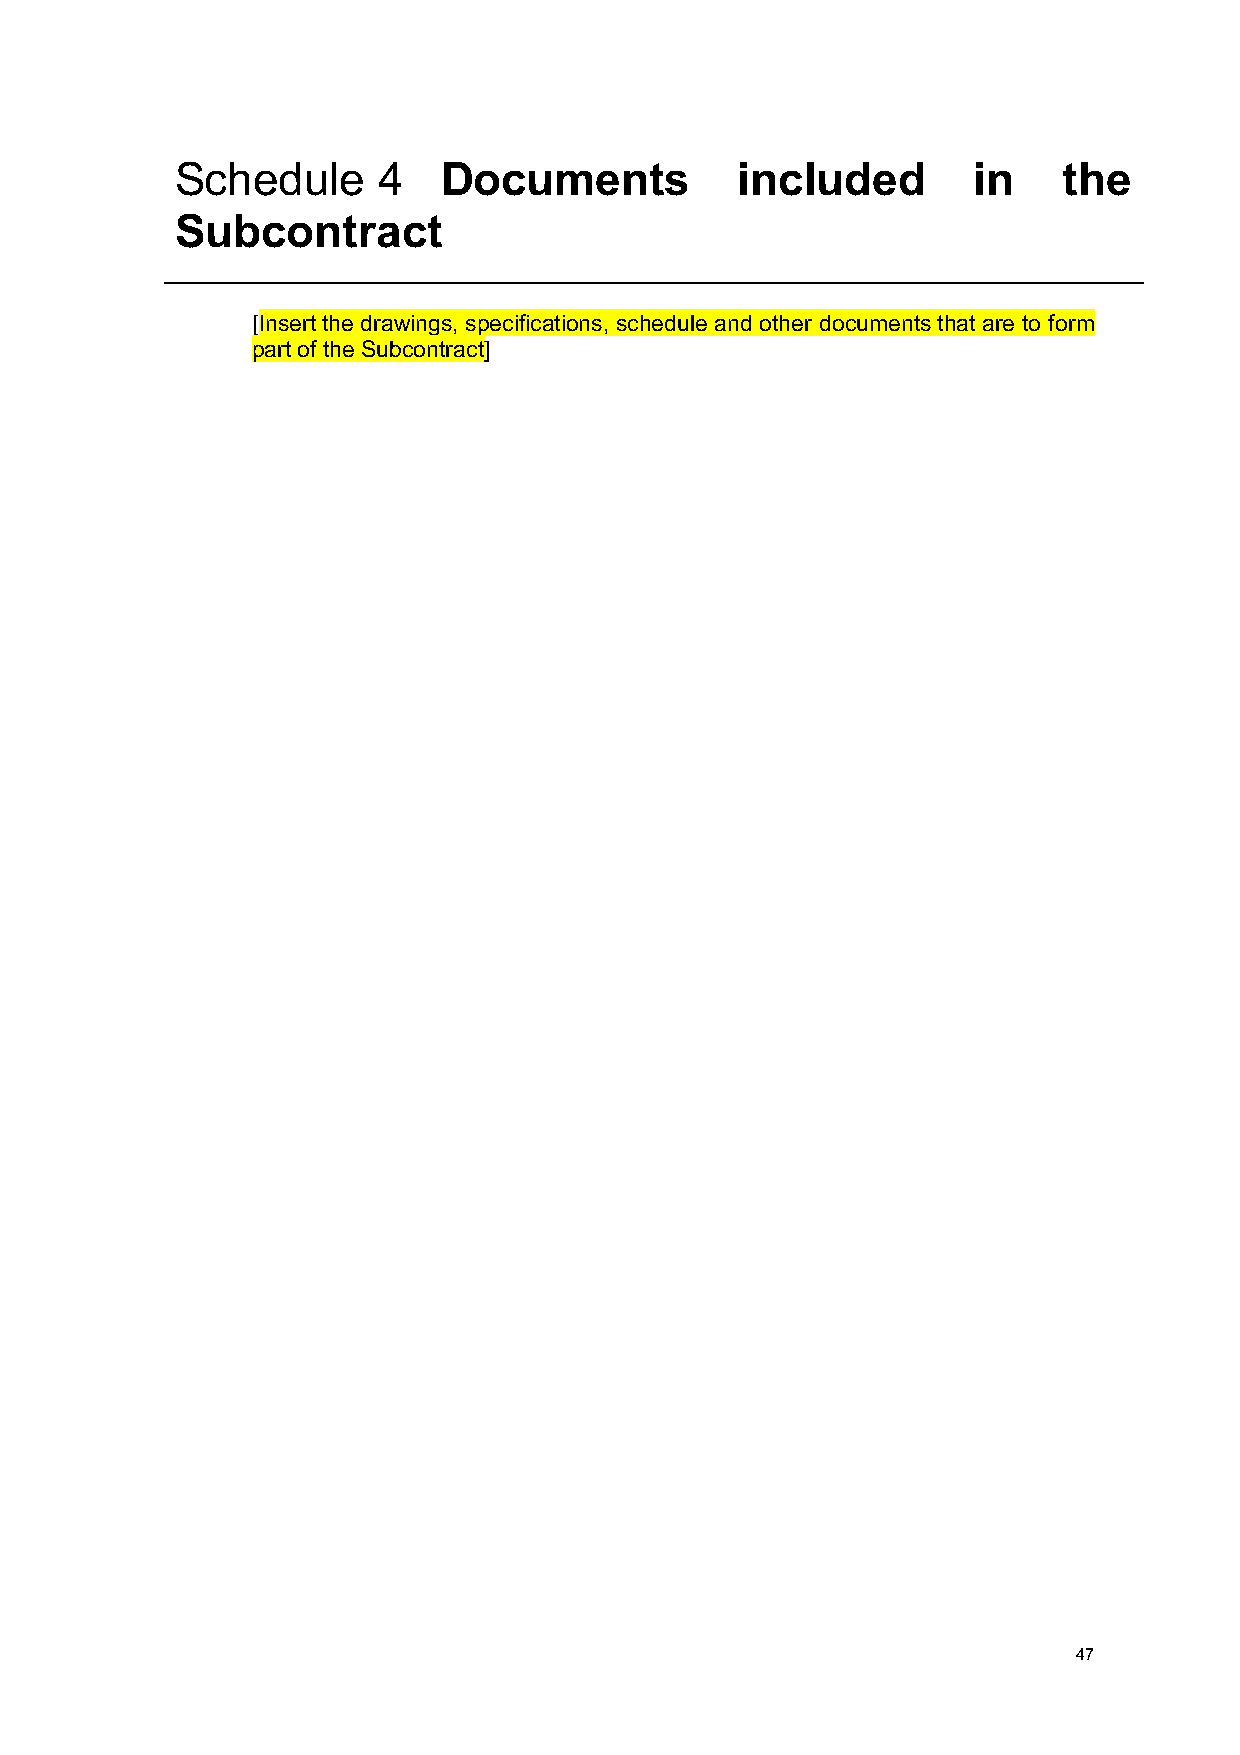
Schedule     4   Documents           included       in    the
 Subcontract
 [Insert the drawings, specifications, schedule and other documents that are to form
 part of the Subcontract]
 47